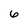
Character: 6